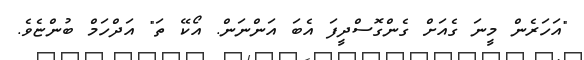
"އަހަރެން މީނަ ގެއަށް ގެންގޮސްދީފަ އެބަ އަންނަން. އޯކޭ ތަ" އަދްހަމް ބުންޏެވެ.